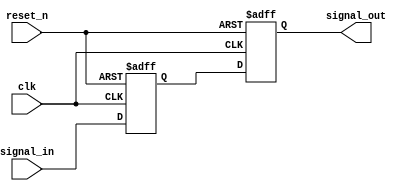
module TwoFF_Metastability_Detector (
    input wire clk,            // Clock signal
    input wire reset_n,       // Asynchronous active-low reset
    input wire signal_in,      // Asynchronous input signal
    output reg signal_out      // Synchronized output signal
);

// Internal signals for the flip-flops
reg ff1_out;                // Output of the first flip-flop

// First flip-flop (FF1)
always @(posedge clk or negedge reset_n) begin
    if (!reset_n) begin
        ff1_out <= 1'b0;     // Reset FF1 output
    end else begin
        ff1_out <= signal_in; // Capture signal_in on the rising edge of clk
    end
end

// Second flip-flop (FF2)
always @(posedge clk or negedge reset_n) begin
    if (!reset_n) begin
        signal_out <= 1'b0;   // Reset signal_out
    end else begin
        signal_out <= ff1_out; // Capture FF1 output on the rising edge of clk
    end
end

endmodule